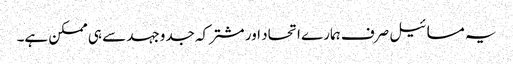
یہ مسائیل صرف ہمارے اتحاد اور مشترکہ جدوجہد سے ہی ممکن ہے۔